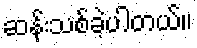
ဆန်းသစ်ခဲ့ပါတယ်။